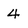
Character: 4